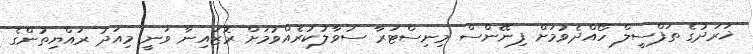
ޚަރަދުގެ ތަފްސީލް ހޯއްދެވުމަށް ފިނޭންސް މިނިސްޓަރާ ސުވާލުކުރެއްވުމަށް ރޮޒައިނާ ވަނީ މިއަދު ރައްޔިތުންގެ